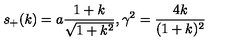
s _ { + } ( k ) = a \frac { 1 + k } { \sqrt { 1 + k ^ { 2 } } } , \gamma ^ { 2 } = \frac { 4 k } { ( 1 + k ) ^ { 2 } }